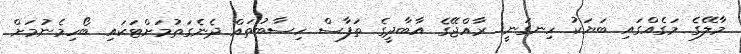
މާލޭގެ މަގެއްގައި ބަޔަކު ހިނގަނީ: ރާއްޖޭގެ އާބާދީގެ ތަފާސް ހިސާބުތައް ދެނެގަތުމަށްޓަކައި ބޯހިމެނުމަށް